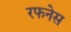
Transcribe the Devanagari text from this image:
रफनेस